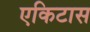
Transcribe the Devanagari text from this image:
एकिटास